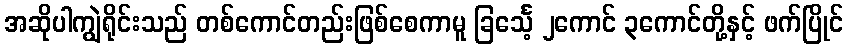
အဆိုပါကျွဲရိုင်းသည် တစ်ကောင်တည်းဖြစ်စေကာမူ ခြင်္သေ့ ၂ကောင် ၃ကောင်တို့နှင့် ဖက်ပြိုင်